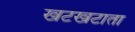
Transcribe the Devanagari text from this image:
खटखटाता